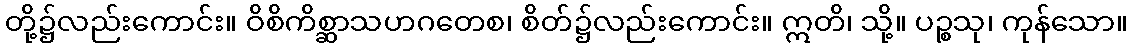
တို့၌လည်းကောင်း။ ဝိစိကိစ္ဆာသဟဂတေစ၊ စိတ်၌လည်းကောင်း။ ဣတိ၊ သို့။ ပဉ္စသု၊ ကုန်သော။